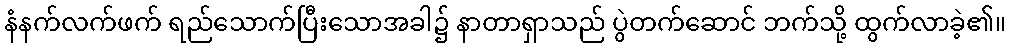
နံနက်လက်ဖက် ရည်သောက်ပြီးသောအခါ၌ နာတာရှာသည် ပွဲတက်ဆောင် ဘက်သို့ ထွက်လာခဲ့၏။